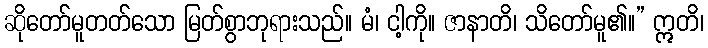
ဆိုတော်မူတတ်သော မြတ်စွာဘုရားသည်။ မံ၊ ငါ့ကို။ ဇာနာတိ၊ သိတော်မူ၏။” ဣတိ၊